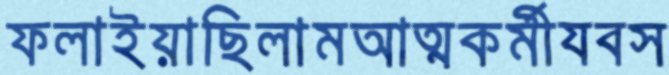
ফলাইয়াছিলামআত্মকর্মীযবস